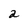
Character: a